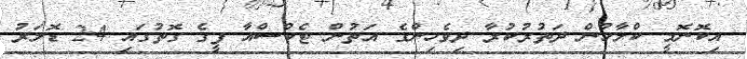
އިކޮނޮމީ ކްލާހުން ދަތުރުކުރާ ދިވެހިންގެ އަތުން ޓެކްސްއާ ފީގެ ގޮތުގައި 24 ޑޮލަރު